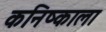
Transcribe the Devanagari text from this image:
कनिष्काला